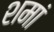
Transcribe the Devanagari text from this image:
शमां